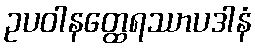
ဥပဝါနတ္ထေရဿာပဒါနံ